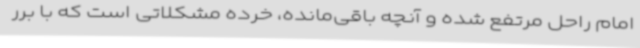
امام راحل مرتفع شده و آنچه باقی‌مانده، خرده مشکلاتی است که با برر